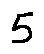
5